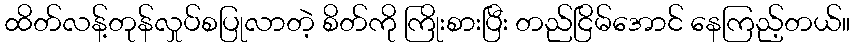
ထိတ်လန့်တုန်လှုပ်စပြုလာတဲ့ စိတ်ကို ကြိုးစားပြီး တည်ငြိမ်အောင် နေကြည့်တယ်။